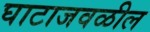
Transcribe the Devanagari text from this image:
घाटाजवळील